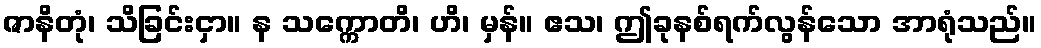
ဇာနိတုံ၊ သိခြင်းငှာ။ န သက္ကောတိ၊ ဟိ၊ မှန်။ ဧသ၊ ဤခုနစ်ရက်လွန်သော အာရုံသည်။